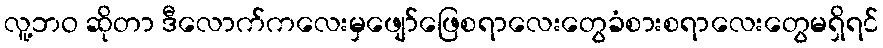
လူ့ဘဝ ဆိုတာ ဒီလောက်ကလေးမှဖျော်ဖြေစရာလေးတွေခံစားစရာလေးတွေမရှိရင်